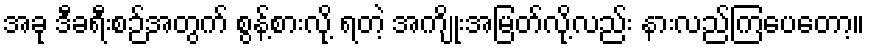
အခု ဒီခရီးစဉ်အတွက် စွန့်စားလို့ ရတဲ့ အကျိုးအမြတ်လို့လည်း နားလည်ကြပေတော့။